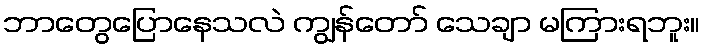
ဘာတွေပြောနေသလဲ ကျွန်တော် သေချာ မကြားရဘူး။